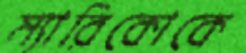
ম্যারিকোকে